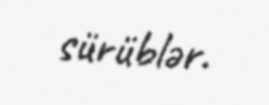
sürüblər.